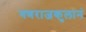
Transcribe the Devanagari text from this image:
गणराजकुलानं